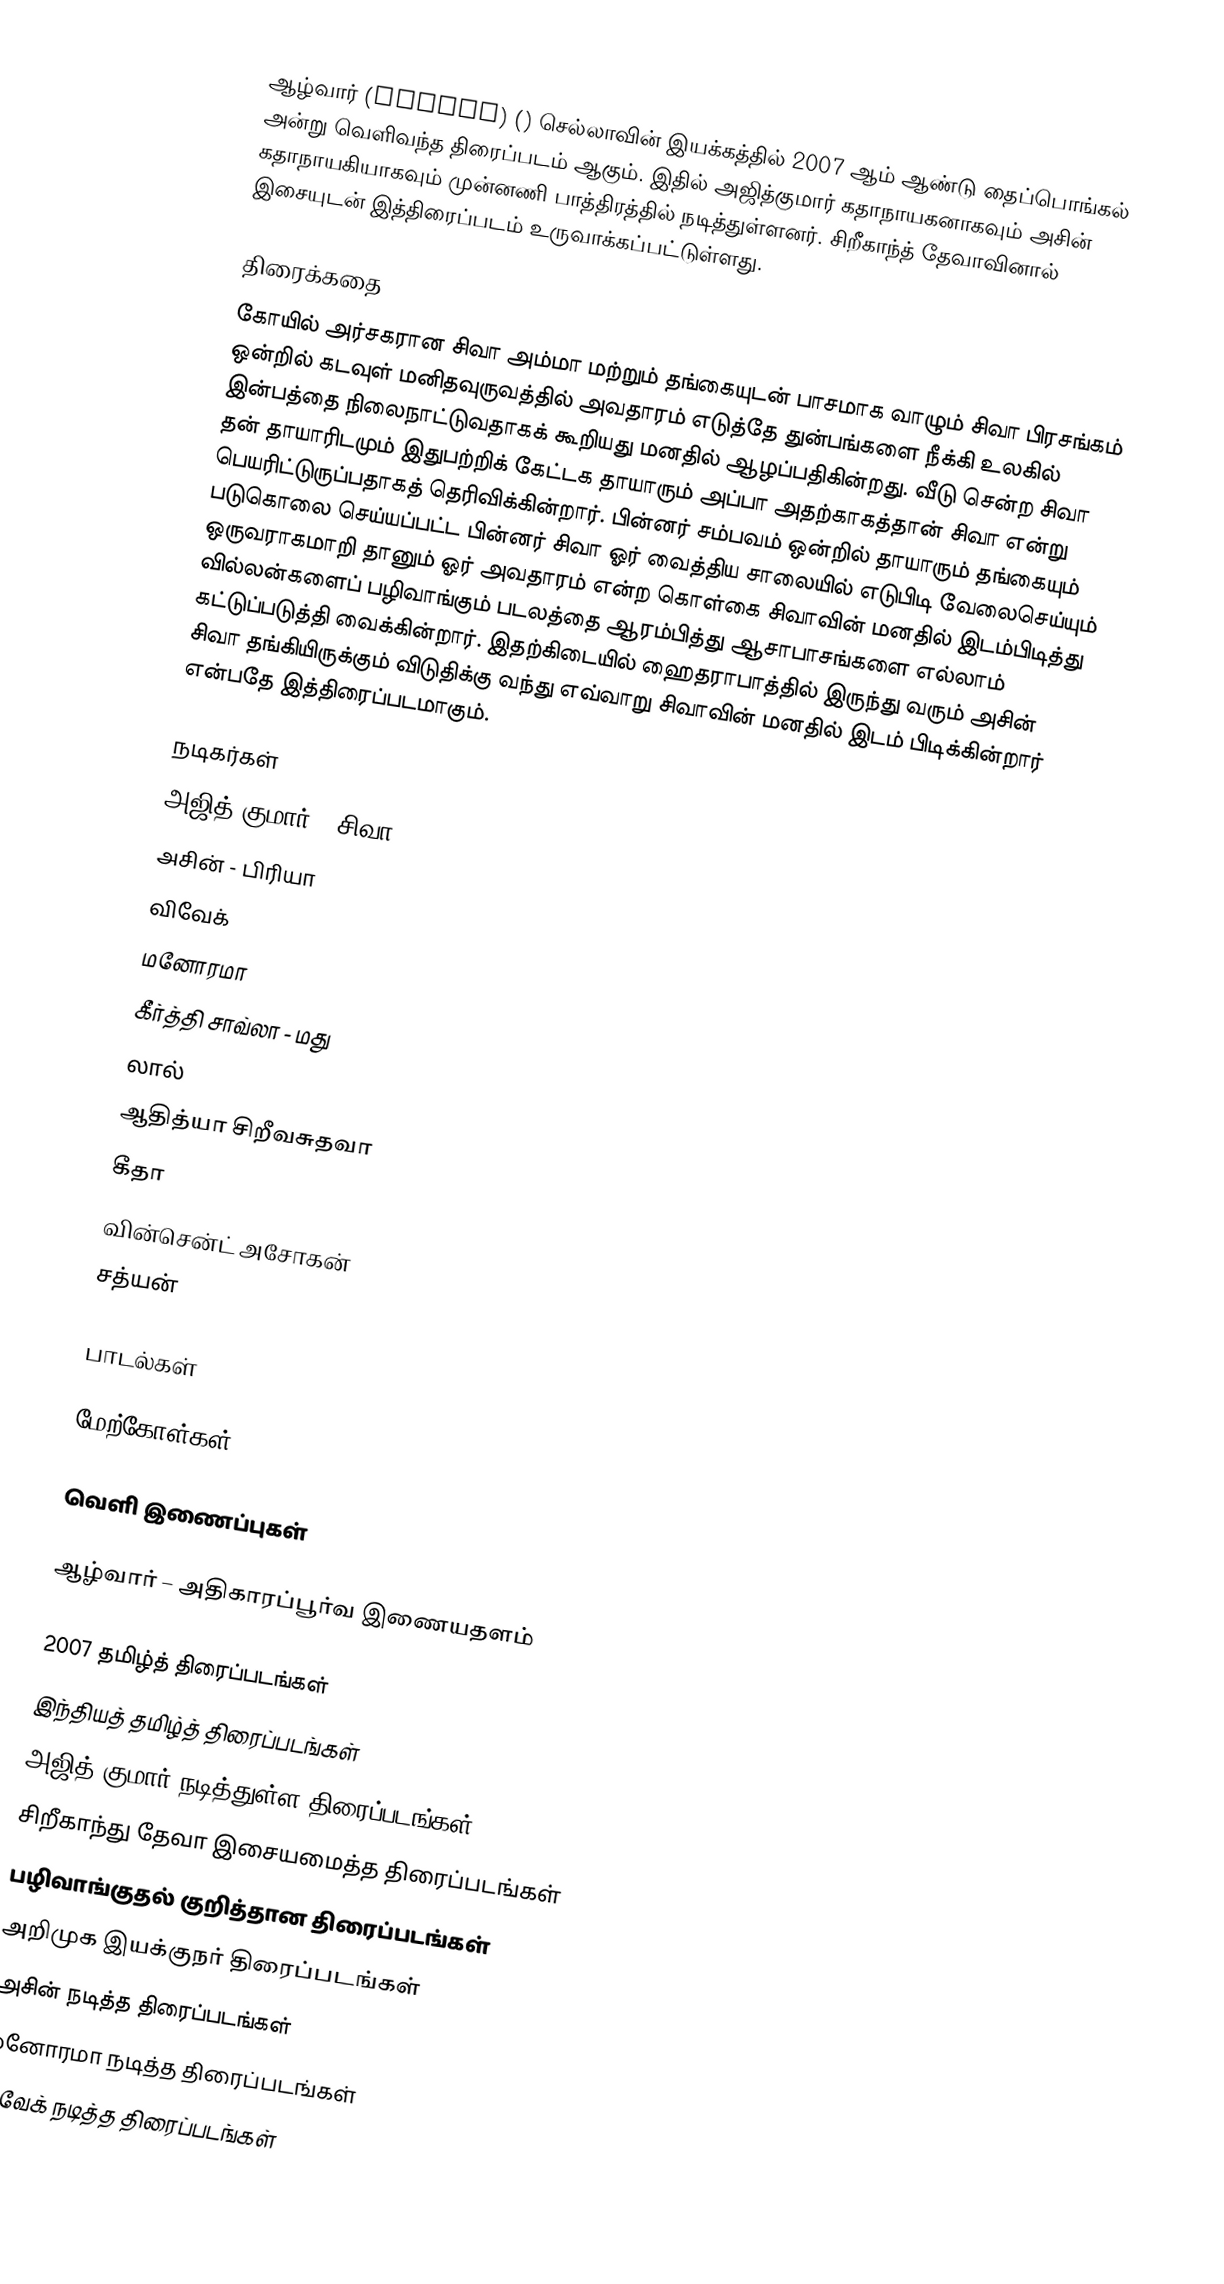
ஆழ்வார் (Aalwar) () செல்லாவின் இயக்கத்தில் 2007 ஆம் ஆண்டு தைப்பொங்கல் அன்று வெளிவந்த திரைப்படம் ஆகும். இதில் அஜித்குமார் கதாநாயகனாகவும் அசின் கதாநாயகியாகவும் முன்னணி பாத்திரத்தில் நடித்துள்ளனர். சிறீகாந்த் தேவாவினால் இசையுடன் இத்திரைப்படம் உருவாக்கப்பட்டுள்ளது.

திரைக்கதை
கோயில் அர்சகரான சிவா அம்மா மற்றும் தங்கையுடன் பாசமாக வாழும் சிவா பிரசங்கம் ஒன்றில் கடவுள் மனிதவுருவத்தில் அவதாரம் எடுத்தே துன்பங்களை நீக்கி உலகில் இன்பத்தை நிலைநாட்டுவதாகக் கூறியது மனதில் ஆழப்பதிகின்றது. வீடு சென்ற சிவா தன் தாயாரிடமும் இதுபற்றிக் கேட்டக தாயாரும் அப்பா அதற்காகத்தான் சிவா என்று பெயரிட்டுருப்பதாகத் தெரிவிக்கின்றார். பின்னர் சம்பவம் ஒன்றில் தாயாரும் தங்கையும் படுகொலை செய்யப்பட்ட பின்னர் சிவா ஓர் வைத்திய சாலையில் எடுபிடி வேலைசெய்யும் ஒருவராகமாறி தானும் ஓர் அவதாரம் என்ற கொள்கை சிவாவின் மனதில் இடம்பிடித்து வில்லன்களைப் பழிவாங்கும் படலத்தை ஆரம்பித்து ஆசாபாசங்களை எல்லாம் கட்டுப்படுத்தி வைக்கின்றார். இதற்கிடையில் ஹைதராபாத்தில் இருந்து வரும் அசின் சிவா தங்கியிருக்கும் விடுதிக்கு வந்து எவ்வாறு சிவாவின் மனதில் இடம் பிடிக்கின்றார் என்பதே இத்திரைப்படமாகும்.

நடிகர்கள்
 அஜித் குமார் - சிவா
 அசின் - பிரியா
 விவேக்
 மனோரமா
 கீர்த்தி சாவ்லா - மது
 லால்
 ஆதித்யா சிறீவசுதவா
 கீதா
 வின்சென்ட் அசோகன்
 சத்யன்

பாடல்கள்

மேற்கோள்கள்

வெளி இணைப்புகள்

ஆழ்வார் – அதிகாரப்பூர்வ இணையதளம்

2007 தமிழ்த் திரைப்படங்கள்
இந்தியத் தமிழ்த் திரைப்படங்கள்
அஜித் குமார் நடித்துள்ள திரைப்படங்கள்
சிறீகாந்து தேவா இசையமைத்த திரைப்படங்கள்
பழிவாங்குதல் குறித்தான திரைப்படங்கள்
அறிமுக இயக்குநர் திரைப்படங்கள்
அசின் நடித்த திரைப்படங்கள்
மனோரமா நடித்த திரைப்படங்கள்
விவேக் நடித்த திரைப்படங்கள்